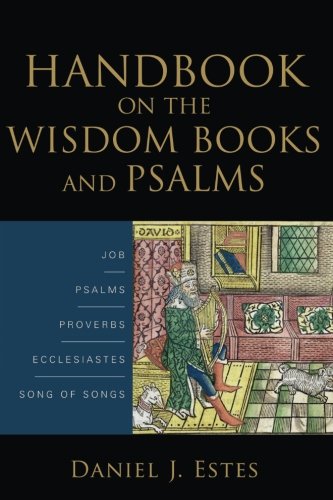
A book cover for Handbook on the Wisdom Books and Psalms; Daniel J. Estes; Christian Books & Bibles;